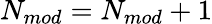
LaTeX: N_{mod}=N_{mod}+1